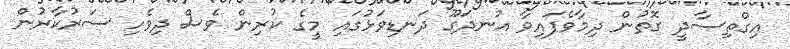
އިގްތިސާދީ ގޮތުން ދިމާވެފައިވާ އުނދަގޫ ދަނޑިވަޅުގައި މީގެ ކުރިން ވެސް ދިވެހި ސަރުކާރުން